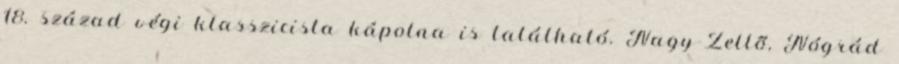
18. század végi klasszicista kápolna is található. Nagy-Zellő, Nógrád